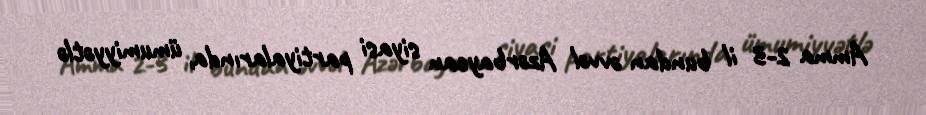
Amma 2-3 il bundan əvvəl Azərbaycan siyasi partiyalarında, ümumiyyətlə